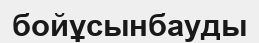
бойұсынбауды